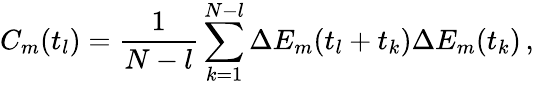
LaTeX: C_{m}(t_{l})=\frac{1}{N-l}\sum_{k=1}^{N-l}\Delta E_{m}(t_{l}+t_{k})\Delta E_{m}(t_{k})\, ,